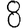
Digit: 8